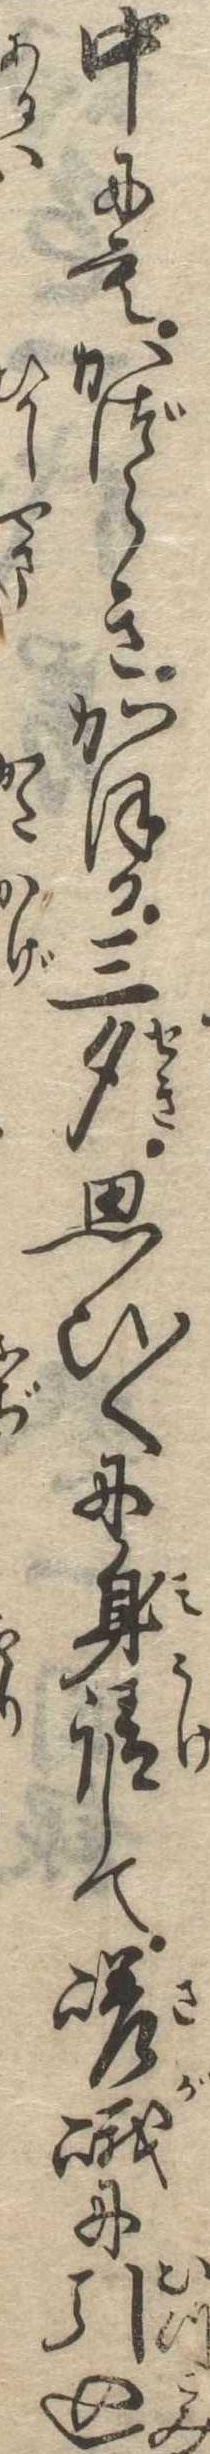
中にもかづらきかほる三夕思ひ〱に身請して嵯峨に引込